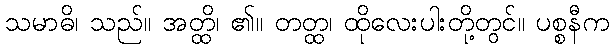
သမာဓိ၊ သည်။ အတ္ထိ၊ ၏။ တတ္ထ၊ ထိုလေးပါးတို့တွင်။ ပစ္စနီက